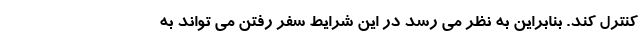
کنترل کند. بنابراین به نظر می رسد در این شرایط سفر رفتن می تواند به